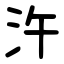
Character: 汻